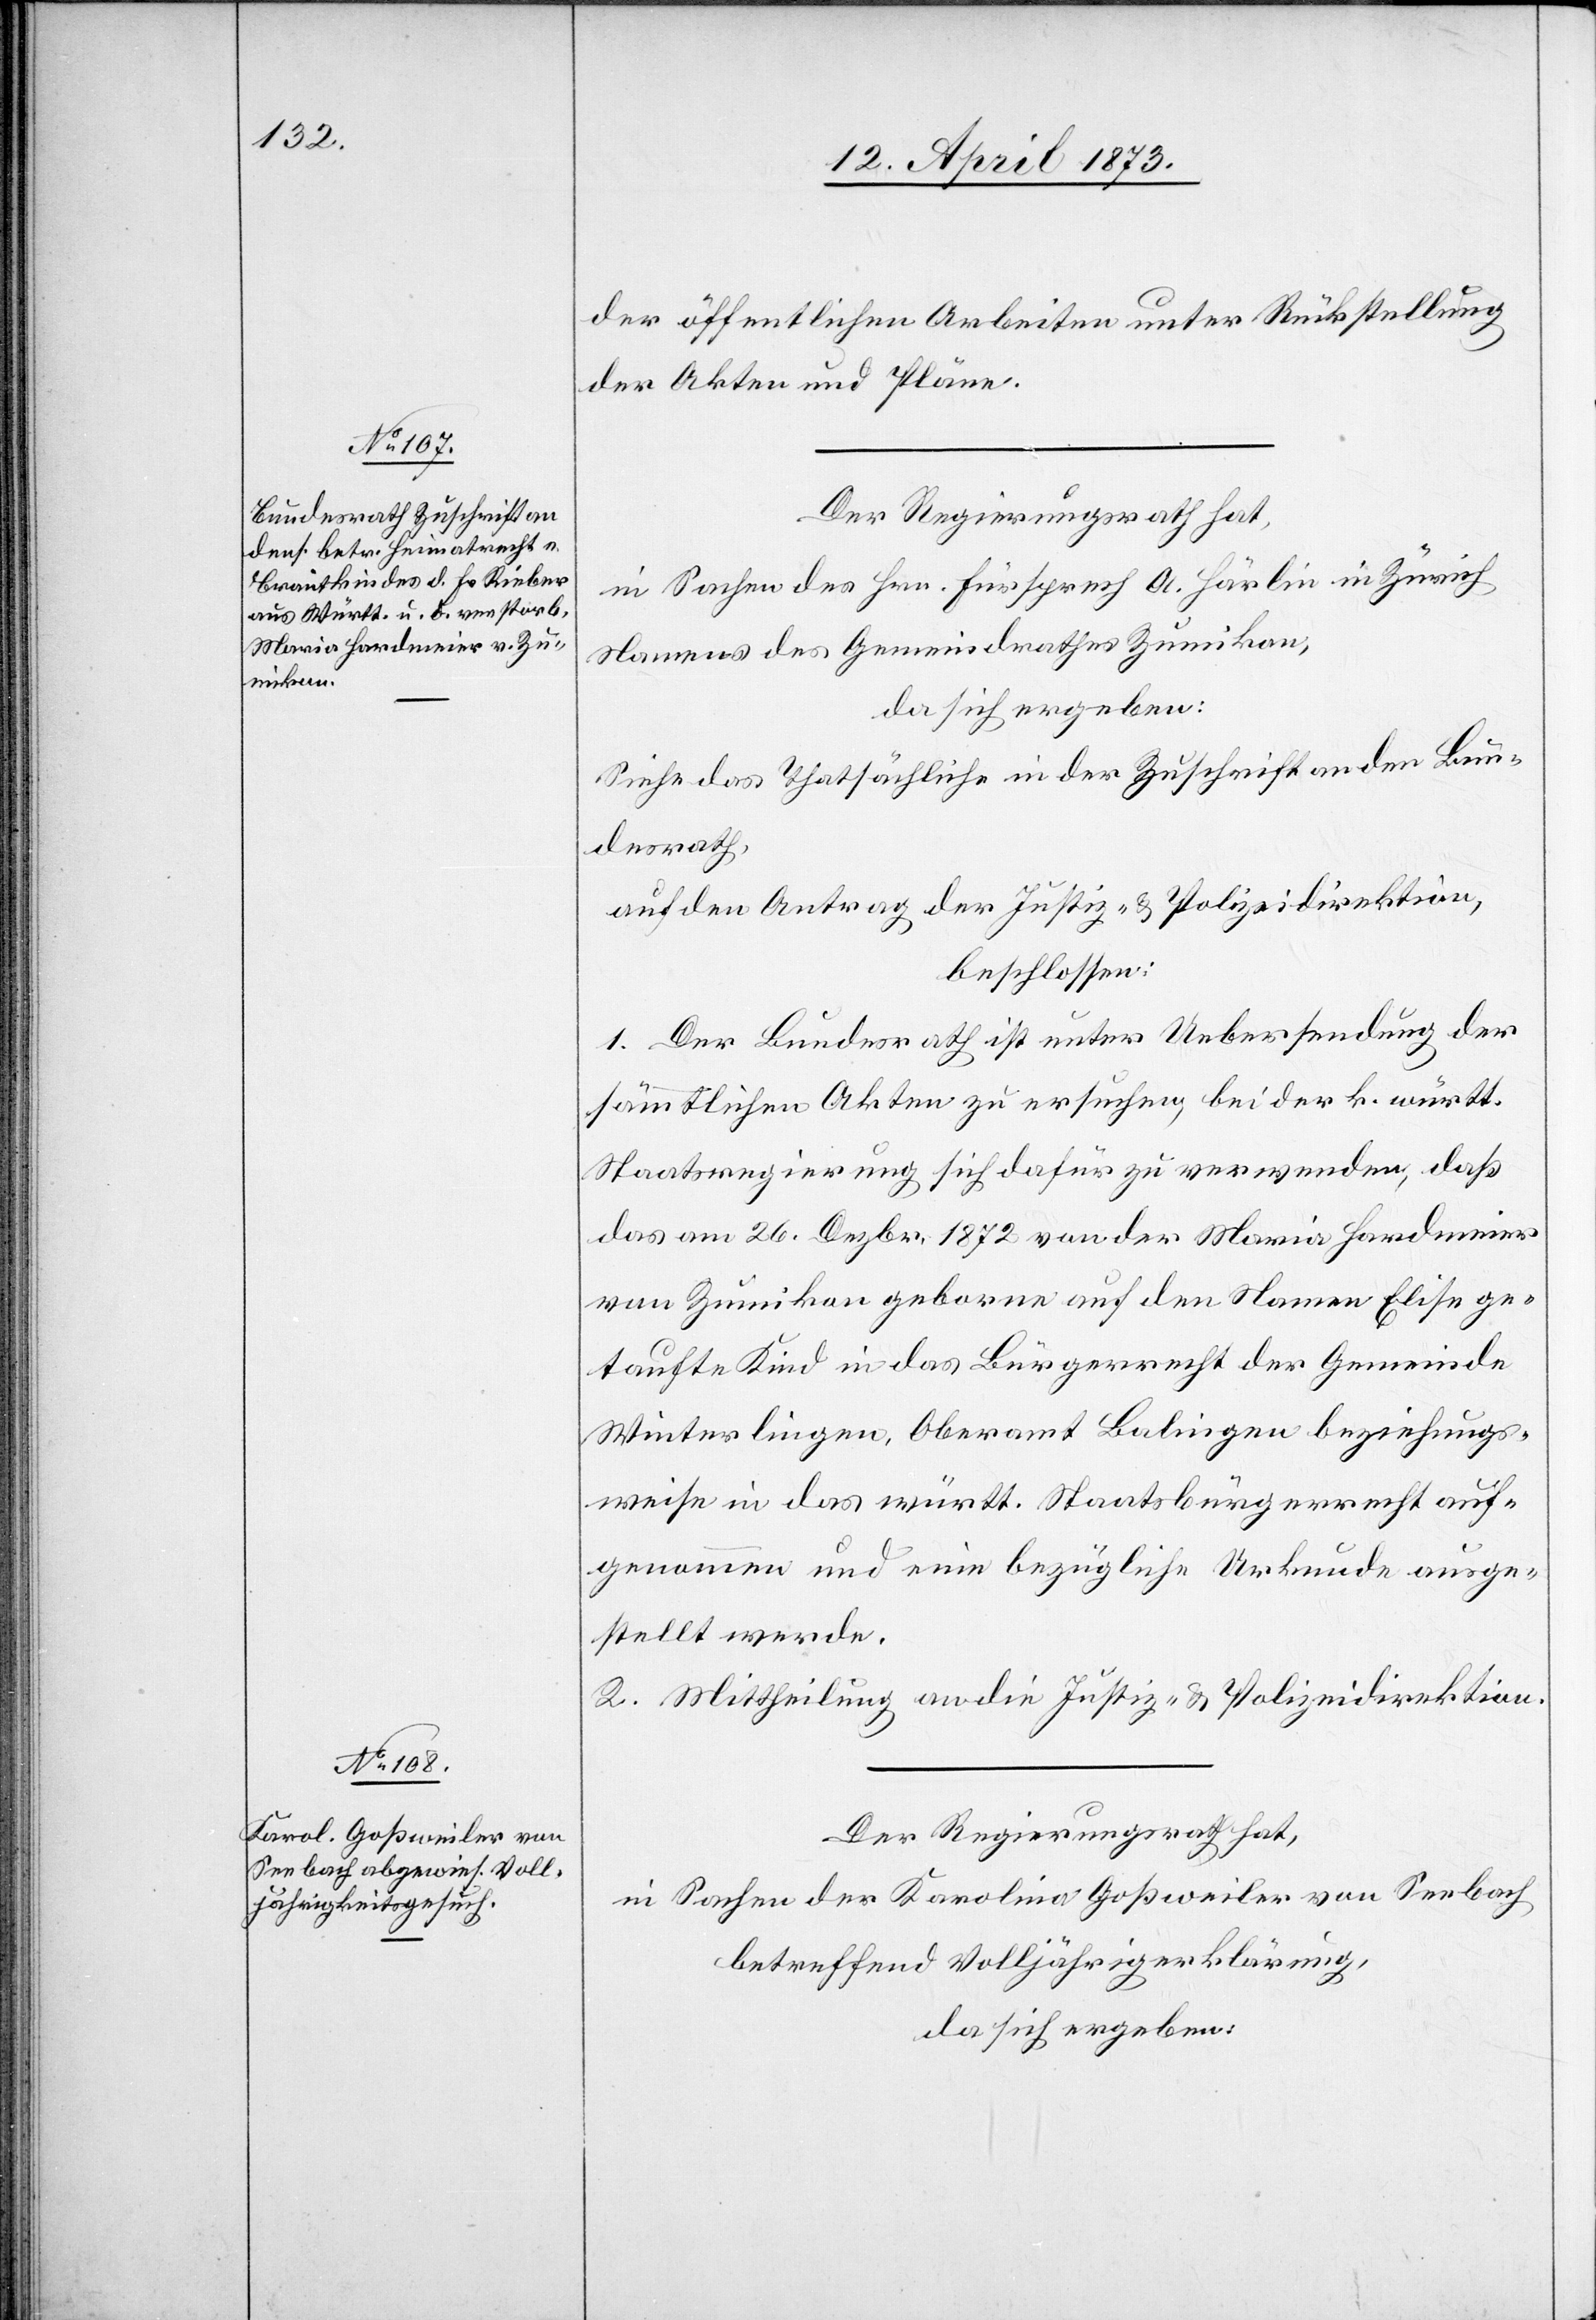
der öffentlichen Arbeiten unter Rückstellung
der Akten und Pläne.
Der Regierungsrath hat,
in Sachen des Hrn. Fürsprech A. Härlin in Zürich
Namens des Gemeindrathes Zumikon,
da sich ergeben:
Siehe das Thatsächliche in der Zuschrift an den Bun¬
desrath,
auf den Antrag der Justiz- & Polizeidirektion,
beschlossen:
1. Der Bundesrath ist unter Uebersendung der
sämmtlichen Akten zu ersuchen, bei der k. württ.
Staatsregierung sich dafür zu verwenden, daß
das am 26. Dezbr. 1872 von der Maria Hardmeier
von Zumikon geboren auf den Namen Elise ge¬
taufte Kind in das Bürgerrecht der Gemeinde
Winterlingen, Oberamt Balingen beziehungs¬
weise in das württ. Staatsbürgerrecht auf¬
genommen und eine bezügliche Urkunde ausge¬
stellt werde.
Der Regierungsrath hat,
in Sachen der Karolina Goßweiler von Seebach,
betreffend Volljährigerklärung,
da sich ergeben: